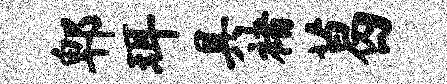
郫珥具褚葛